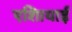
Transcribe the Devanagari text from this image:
एशिायाई